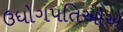
ઉધોગપતિઓએ